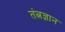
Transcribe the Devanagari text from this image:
तंत्नज्ञान